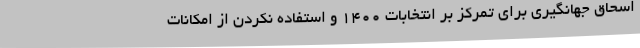
اسحاق جهانگیری برای تمرکز بر انتخابات ۱۴۰۰ و استفاده نکردن از امکانات